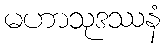
မဟာသုဒဿနံ